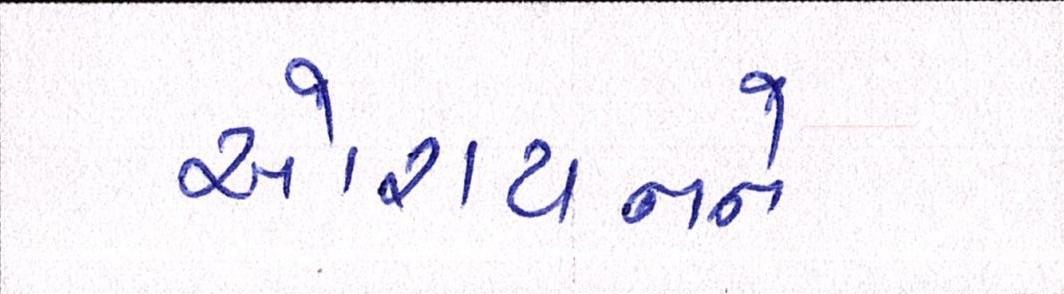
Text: ઓરાયનને